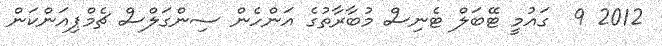
2012 9  ގައުމީ ޓޭބަލް ޓެނިސް މުބާރާތުގެ އަންހެން ސިންގަލްސް ޗެމްޕިއަންކަން